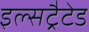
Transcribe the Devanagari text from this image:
इल्सट्रैटेड